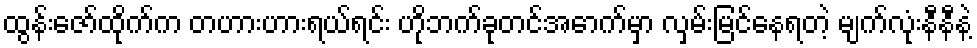
ထွန်းဇော်ထိုက်က တဟားဟားရယ်ရင်း ဟိုဘက်ခုတင်အောက်မှာ လှမ်းမြင်နေရတဲ့ မျက်လုံးနီနီနဲ့